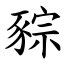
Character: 䝋